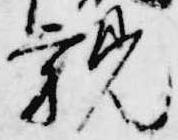
親